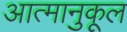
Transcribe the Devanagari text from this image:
आत्मानुकूल